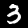
Digit: 3